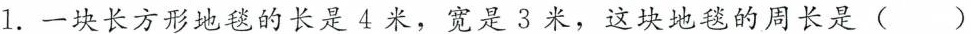
1.一块长方形地毯的长是4米，宽是3米，这块地毯的周长是()